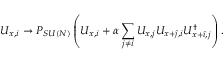
U _ { x , i } \rightarrow P _ { S U ( N ) } \left( U _ { x , i } + \alpha \sum _ { j \neq i } U _ { x , j } U _ { x + \hat { \jmath } , i } U _ { x + \hat { \imath } , j } ^ { \dagger } \right) .